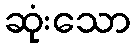
ဆုံးသော